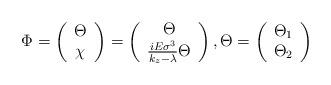
LaTeX: \begin{align*}\Phi =\left(\begin{array}{c}\Theta \\\chi\end{array}\right) =\left(\begin{array}{c}\Theta \\\frac{iE\sigma ^3}{k_z-\lambda }\Theta\end{array}\right) ,\Theta =\left(\begin{array}{c}\Theta _1 \\\Theta _2\end{array}\right)\end{align*}